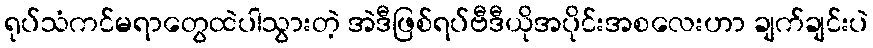
ရုပ်သံကင်မရာတွေထဲပါသွားတဲ့ အဲဒီဖြစ်ရပ်ဗီဒီယိုအပိုင်းအစလေးဟာ ချက်ချင်းပဲ